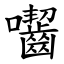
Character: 囓